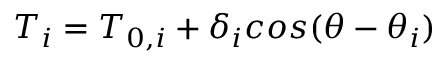
T _ { i } = T _ { 0 , i } + \delta _ { i } c o s ( \theta - \theta _ { i } )